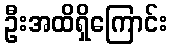
ဦးအထိရှိကြောင်း